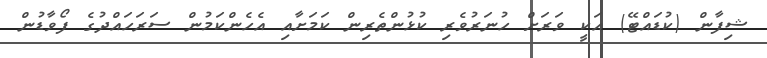
ޝިފާން (ކުޑައްޓޭ) އަކީ ވަރަށް ހުނަރުވެރި ކުޅުންތެރިން ކަމަށާއި އެހެންކަމުން ސަރަހައްދުގެ ފޯވާޑުން